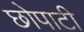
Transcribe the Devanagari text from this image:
छोपाटी